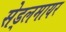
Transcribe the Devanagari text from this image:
सेड्लमायर